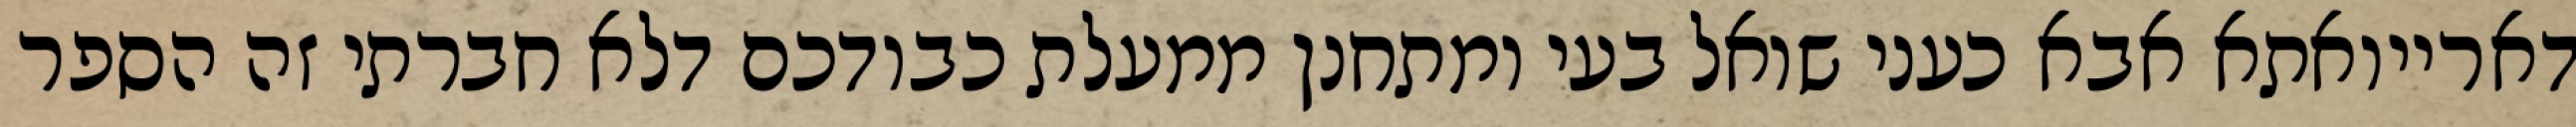
דארייואתא אבא כעני שואל בעי ומתחנן ממעלת כבודכם דלא חברתי זה הספר